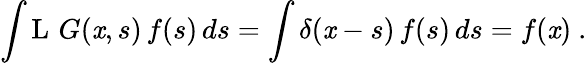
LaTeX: \int\operatorname{L}\, G(\mathit{x},s)\, f(s)\, ds=\int\delta(\mathit{x}-s)\, f(s)\, ds=f(\mathit{x})~.